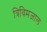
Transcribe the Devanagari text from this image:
त्रिविमजाल